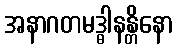
အနာဂတမဒ္ဓါနန္တိနော